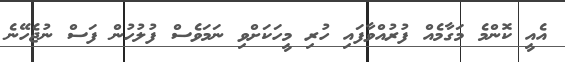
އެއީ ކޮންމެ މަގާމެއް ފުރުއްވާފައި ހުރި މީހަކަށްވި ނަމަވެސް ފުލުހުން ފަސް ނުޖެހޭނެ